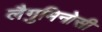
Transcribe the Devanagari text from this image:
लैगुमिनोसी